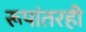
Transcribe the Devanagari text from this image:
रूपांतरही